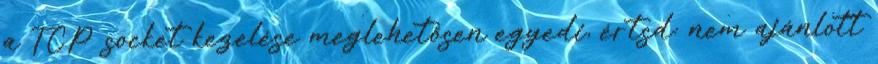
a TCP socket kezelése meglehetősen egyedi, értsd: nem ajánlott